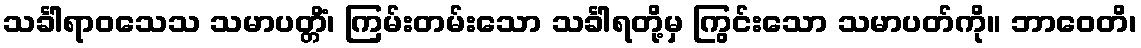
သင်္ခါရာဝသေသ သမာပတ္တိံ၊ ကြမ်းတမ်းသော သင်္ခါရတို့မှ ကြွင်းသော သမာပတ်ကို။ ဘာဝေတိ၊